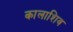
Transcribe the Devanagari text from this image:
कालाशिव